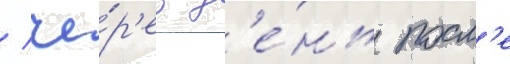
/ че́р'ез д'е́нь посл'е